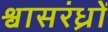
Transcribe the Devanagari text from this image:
श्वासरंध्रों